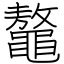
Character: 鼇